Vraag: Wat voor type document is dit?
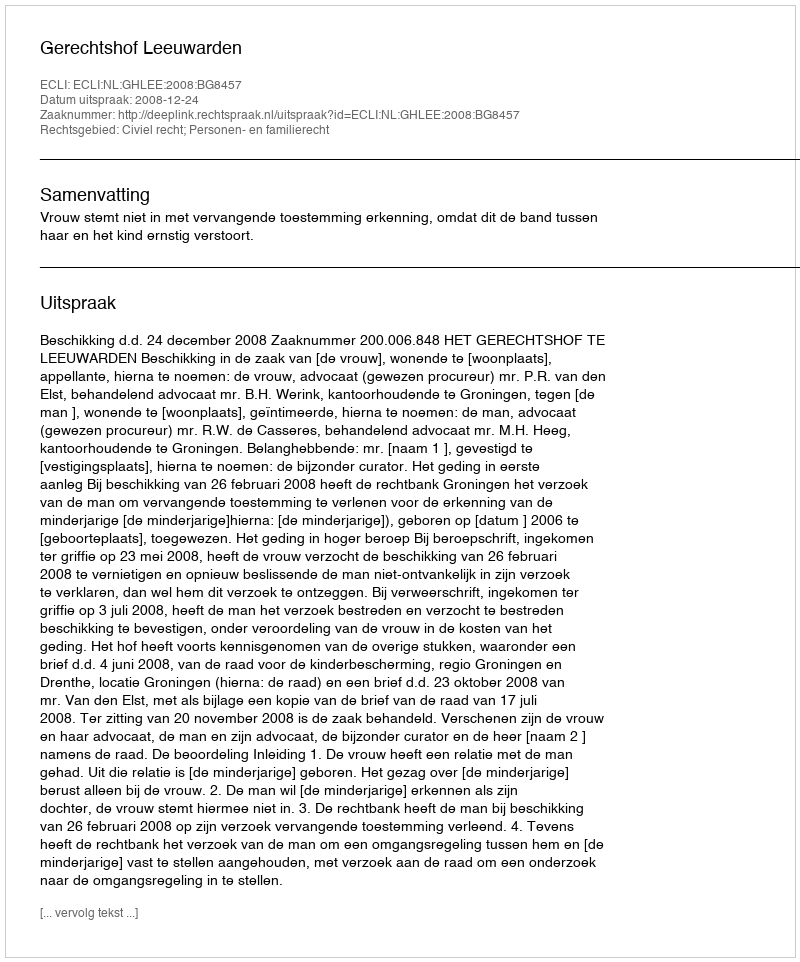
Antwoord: Uitspraak